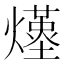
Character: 𤑆